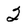
Character: 2